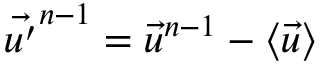
\vec { u ^ { \prime } } ^ { n - 1 } = \vec { u } ^ { n - 1 } - \langle \vec { u } \rangle